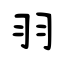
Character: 羽